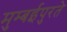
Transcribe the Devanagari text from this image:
मुम्बईपुरते